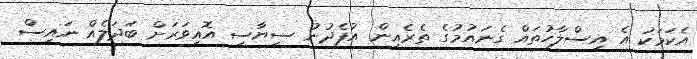
އެކަމަކު އެ އިސްލާހުތައް ގެނައުމުގެ ތެރެއިން އުފެދުނު ސިޔާސީ އޮއިވަރަށް ބަދަލެއް ނައިސް